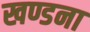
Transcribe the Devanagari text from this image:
खण्डना